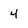
Character: 4